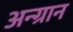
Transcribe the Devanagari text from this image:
अन्ग्रान